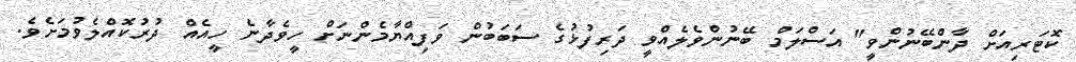
ކޮޓަރިއަށް ދާންބޭނުންވީ" އަސްލަމް ބޭނުންވެލެއްވީ ދަރިފުޅުގެ ސަބަބުން ވަފިއްޔާމެންނަށް ހީވެދާނެ ހީއެއް ދުރުކޮއްލެވުމަށެވެ.